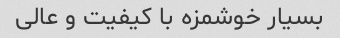
بسیار خوشمزه با کیفیت و عالی